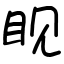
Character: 𪾢